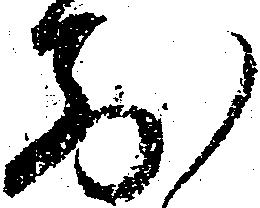
前